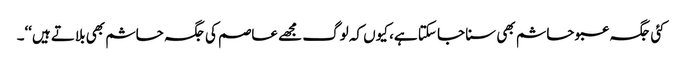
کئی جگہ عبو حاشم بھی سنا جا سکتا ہے، کیوں کہ لوگ مجھے عاصم کی جگہ حاشم بھی بلاتے ہیں‘‘۔